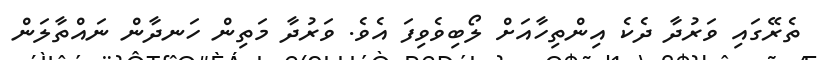
ތެރޭގައި ވަރުދާ ދެކެ އިންތިހާއަށް ލޯބިވެވިފަ އެވެ. ވަރުދާ މަތިން ހަނދާން ނައްތާލަން